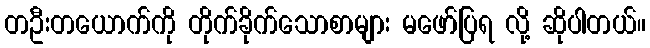
တဦးတယောက်ကို တိုက်ခိုက်သောစာများ မဖော်ပြရ လို့ ဆိုပါတယ်။